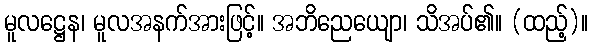
မူလဋ္ဌေန၊ မူလအနက်အားဖြင့်။ အဘိညေယျော၊ သိအပ်၏။ (ထည့်)။